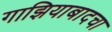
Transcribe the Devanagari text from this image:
गाझियाबादचा